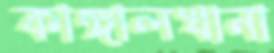
কাঙ্গালখানা